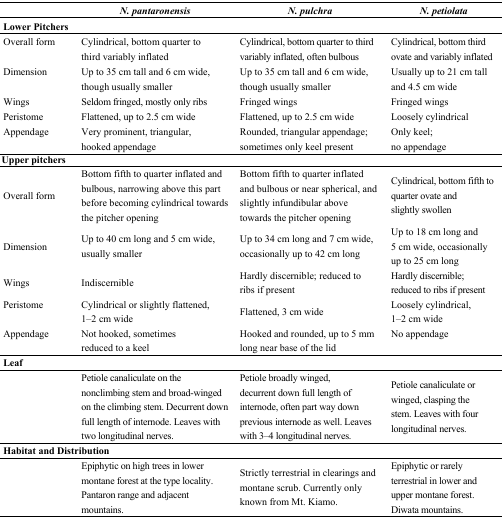
<table><thead><tr><td></td><td><b><i>N. pantaronensis</i></b></td><td><b><i>N. pulchra</i></b></td><td><b><i>N. petiolata</i></b></td></tr></thead><tbody><tr><td><b>Lower Pitchers</b></td><td></td><td></td><td></td></tr><tr><td>Overall form</td><td>Cylindrical, bottom quarter to third variably inflated</td><td>Cylindrical, bottom quarter to third variably inflated, often bulbous</td><td>Cylindrical, bottom third ovate and variably inflated</td></tr><tr><td>Dimension</td><td>Up to 35 cm tall and 6 cm wide, though usually smaller</td><td>Up to 35 cm tall and 6 cm wide, though usually smaller</td><td>Usually up to 21 cm tall and 4.5 cm wide</td></tr><tr><td>Wings</td><td>Seldom fringed, mostly only ribs</td><td>Fringed wings</td><td>Fringed wings</td></tr><tr><td>Peristome</td><td>Flattened, up to 2.5 cm wide</td><td>Flattened, up to 2.5 cm wide</td><td>Loosely cylindrical</td></tr><tr><td>Appendage</td><td>Very prominent, triangular, hooked appendage</td><td>Rounded, triangular appendage; sometimes only keel present</td><td>Only keel; no appendage</td></tr><tr><td><b>Upper Pitchers</b></td><td></td><td></td><td></td></tr><tr><td>Overall form</td><td>Bottom fifth to quarter inflated and bulbous, narrowing above this part before becoming cylindrical towards the pitcher opening</td><td>Bottom fifth to quarter inflated and bulbous or near spherical, and slightly infundibular above towards the pitcher opening</td><td>Cylindrical, bottom fifth to quarter ovate and slightly swollen</td></tr><tr><td>Dimension</td><td>Up to 40 cm long and 5 cm wide, usually smaller</td><td>Up to 34 cm long and 7 cm wide, occasionally up to 42 cm long</td><td>Up to 18 cm long and 5 cm wide, occasionally up to 25 cm long</td></tr><tr><td>Wings</td><td>Indiscernible</td><td>Hardly discernible; reduced to ribs if present</td><td>Hardly discernible; reduced to ribs if present</td></tr><tr><td>Peristome</td><td>Cylindrical or slightly flattened, 1–2 cm wide</td><td>Flattened, 3 cm wide</td><td>Loosely cylindrical, 1–2 cm wide</td></tr><tr><td>Appendage</td><td>Not hooked, sometimes reduced to a keel</td><td>Hooked and rounded, up to 5 mm long near base of the lid</td><td>No appendage</td></tr><tr><td><b>Leaf</b></td><td></td><td></td><td></td></tr><tr><td></td><td>Petiole canaliculate on the nonclimbing stem and broad-winged on the climbing stem. Decurrent down full length of internode. Leaves with two longitudinal nerves.</td><td>Petiole broadly winged, decurrent down full length of internode, often part way down previous internode as well. Leaves with 3–4 longitudinal nerves. </td><td>Petiole canaliculate or winged, clasping the stem. Leaves with four longitudinal nerves.</td></tr><tr><td colspan="4"><b>Habitat and Distribution</b></td></tr><tr><td></td><td>Epiphytic on high trees in lower montane forest at the type locality. Pantaron range and adjacent mountains.</td><td>Strictly terrestrial in clearings and montane scrub. Currently only known from Mt. Kiamo. </td><td>Epiphytic or rarely terrestrial in lower and upper montane forest. Diwata mountains. </td></tr></tbody></table>